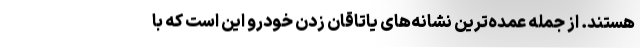
هستند. از جمله عمده‌ترین نشانه‌های یاتاقان زدن خودرو این است که با